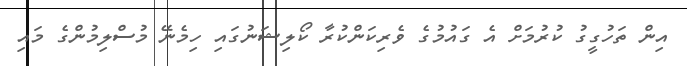
އިން ތަހުގީގު ކުރުމަށް އެ ގައުމުގެ ވެރިކަންކުރާ ކޯލިޝަނުގައި ހިމެނޭ މުސްލިމުންގެ މައި